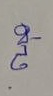
ล่าง